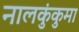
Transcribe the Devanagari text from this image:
नालकुंकुमा